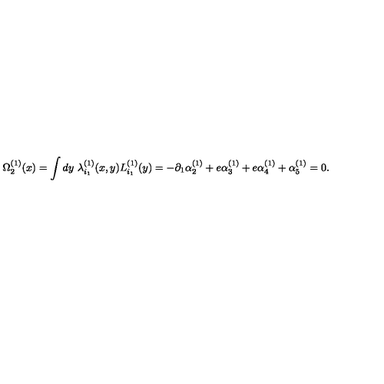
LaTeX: \Omega _ { 2 } ^ { ( 1 ) } ( x ) = \int d y \ \lambda _ { i _ { 1 } } ^ { ( 1 ) } ( x , y ) L _ { i _ { 1 } } ^ { ( 1 ) } ( y ) = - \partial _ { 1 } \alpha _ { 2 } ^ { ( 1 ) } + e \alpha _ { 3 } ^ { ( 1 ) } + e \alpha _ { 4 } ^ { ( 1 ) } + \alpha _ { 5 } ^ { ( 1 ) } = 0 .